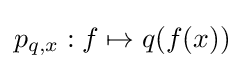
p_{q,x}:f\mapsto q(f(x))